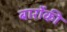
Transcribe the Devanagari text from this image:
बार्रोकी